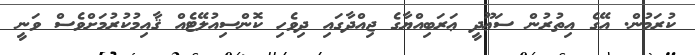
ކުރަމުން. އޭގެ އިތުރުން ސަޢޫދީ ޢަރަބިއްޔާގެ ޖިއްދާގައި ދިވެހި ކޮންސިއުލޭޓެއް ޤާއިމުކުރުމަށްވެސް ވަނީ